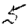
Digit: 5